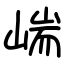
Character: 㟨